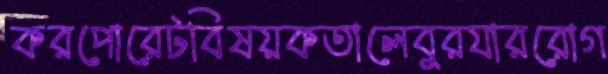
করপোরেটবিষয়কতালেবুরযাররোগ